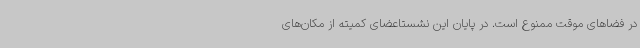
در فضاهای موقت ممنوع است. در پایان این نشستاعضای کمیته از مکان‌های